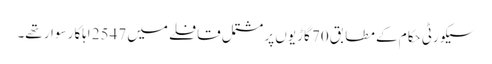
سیکورٹی حکام کے مطابق 70 گاڑیوں پر مشتمل قافلے میں 2547 اہلکار سوار تھے۔